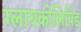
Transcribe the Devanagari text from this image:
ग्लायकोलिपिड